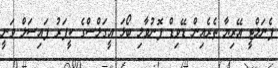
ޕެނަލްޓީ އޭރިޔާ ތެރެއިން ޑޭވިޑް ފޮނުވާލި ބޯޅަ އީގަލްސްގެ ކީޕަރު ފައިސަލް ވަނީ